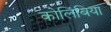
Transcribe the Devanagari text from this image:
कोलिंबिया